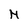
Character: H